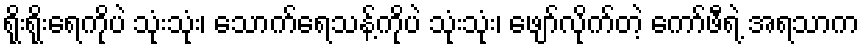
ရိုးရိုးရေကိုပဲ သုံးသုံး၊ သောက်ရေသန့်ကိုပဲ သုံးသုံး၊ ဖျော်လိုက်တဲ့ ကော်ဖီရဲ့ အရသာက